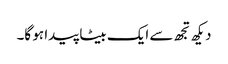
دیکھ تجھ سے ایک بیٹا پیدا ہو گا۔